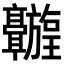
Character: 𬴦